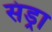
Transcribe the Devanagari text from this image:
संड्रा